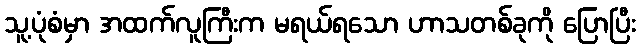
သူ့ပုံစံမှာ အထက်လူကြီးက မရယ်ရသော ဟာသတစ်ခုကို ပြောပြီး